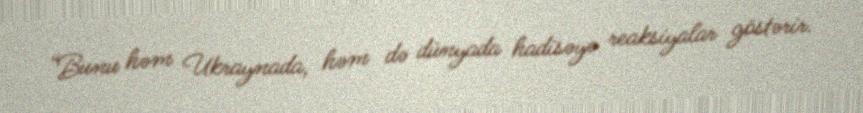
“Bunu həm Ukraynada, həm də dünyada hadisəyə reaksiyalar göstərir.